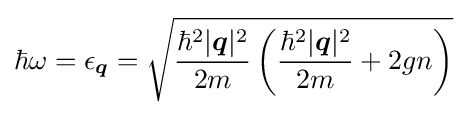
\hbar \omega =\epsilon _{\boldsymbol {q}}={\sqrt {{\frac {\hbar ^{2}|{\boldsymbol {q}}|^{2}}{2m}}\left({\frac {\hbar ^{2}|{\boldsymbol {q}}|^{2}}{2m}}+2gn\right)}}